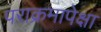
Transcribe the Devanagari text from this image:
पराक्रमापेक्षा